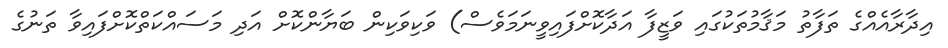
އިދާރާއެއްގެ ތަފާތު މަޤާމުތަކުގައި ވަޒީފާ އަދާކޮށްފައިވީނަމަވެސް) ވަކިވަކިން ބަޔާންކޮށް އަދި މަސައްކަތްކޮށްފައިވާ ތަނުގެ